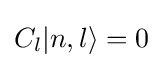
C_{l}|n,l\rangle =0